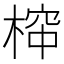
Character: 𱣺